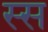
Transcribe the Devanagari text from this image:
स्स